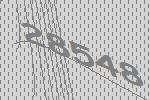
28548